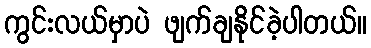
ကွင်းလယ်မှာပဲ ဖျက်ချနိုင်ခဲ့ပါတယ်။